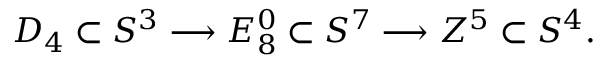
{ \cal D } _ { 4 } \subset S ^ { 3 } \longrightarrow { \cal E } _ { 8 } ^ { 0 } \subset S ^ { 7 } \longrightarrow { \cal Z } ^ { 5 } \subset S ^ { 4 } .